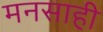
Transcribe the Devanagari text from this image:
मनसाही